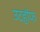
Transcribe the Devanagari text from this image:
उटहॉफ